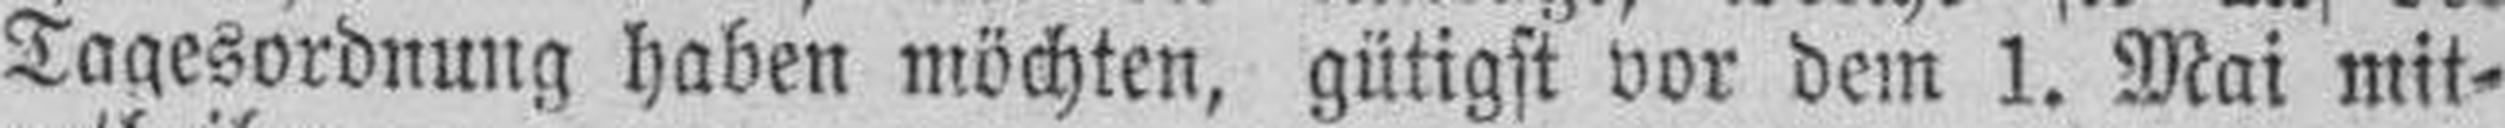
Tagesordnung haben möchten, gütigst vor dem 1. Mai mit¬